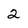
Character: 2